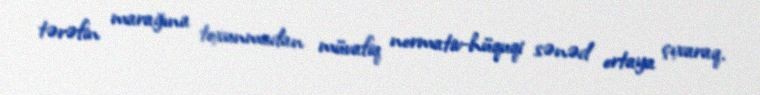
tərəfin marağına toxunmadan müvafiq normativ-hüquqi sənəd ortaya çıxaraq.